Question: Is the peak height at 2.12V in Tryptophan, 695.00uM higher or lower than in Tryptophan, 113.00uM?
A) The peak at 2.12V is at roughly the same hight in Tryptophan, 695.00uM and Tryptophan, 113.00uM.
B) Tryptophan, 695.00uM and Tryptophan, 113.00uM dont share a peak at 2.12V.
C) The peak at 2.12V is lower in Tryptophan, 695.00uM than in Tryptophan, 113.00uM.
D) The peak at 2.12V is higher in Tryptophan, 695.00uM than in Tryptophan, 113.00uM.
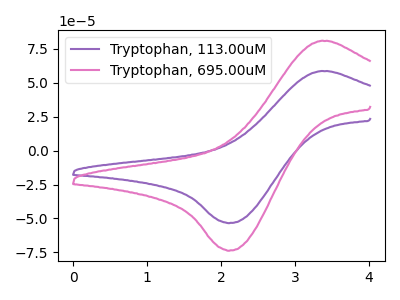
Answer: <think>The purple curve "Tryptophan, 113.00uM" has an anodic peak at (3.35V, 58.45uA) and a cathodic peak at (2.10V, -53.45uA). The pink curve "Tryptophan, 695.00uM" has an anodic peak at (3.35V, 80.65uA) and a cathodic peak at (2.10V, -73.75uA).</think>
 <answer>D) The peak at 2.12V is higher in "Tryptophan, 695.00uM" than in "Tryptophan, 113.00uM".</answer>
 <eval>D</eval>